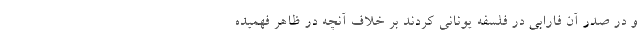
و در صدر آن فارابی در فلسفه یونانی کردند بر خلاف آنچه در ظاهر فهمیده